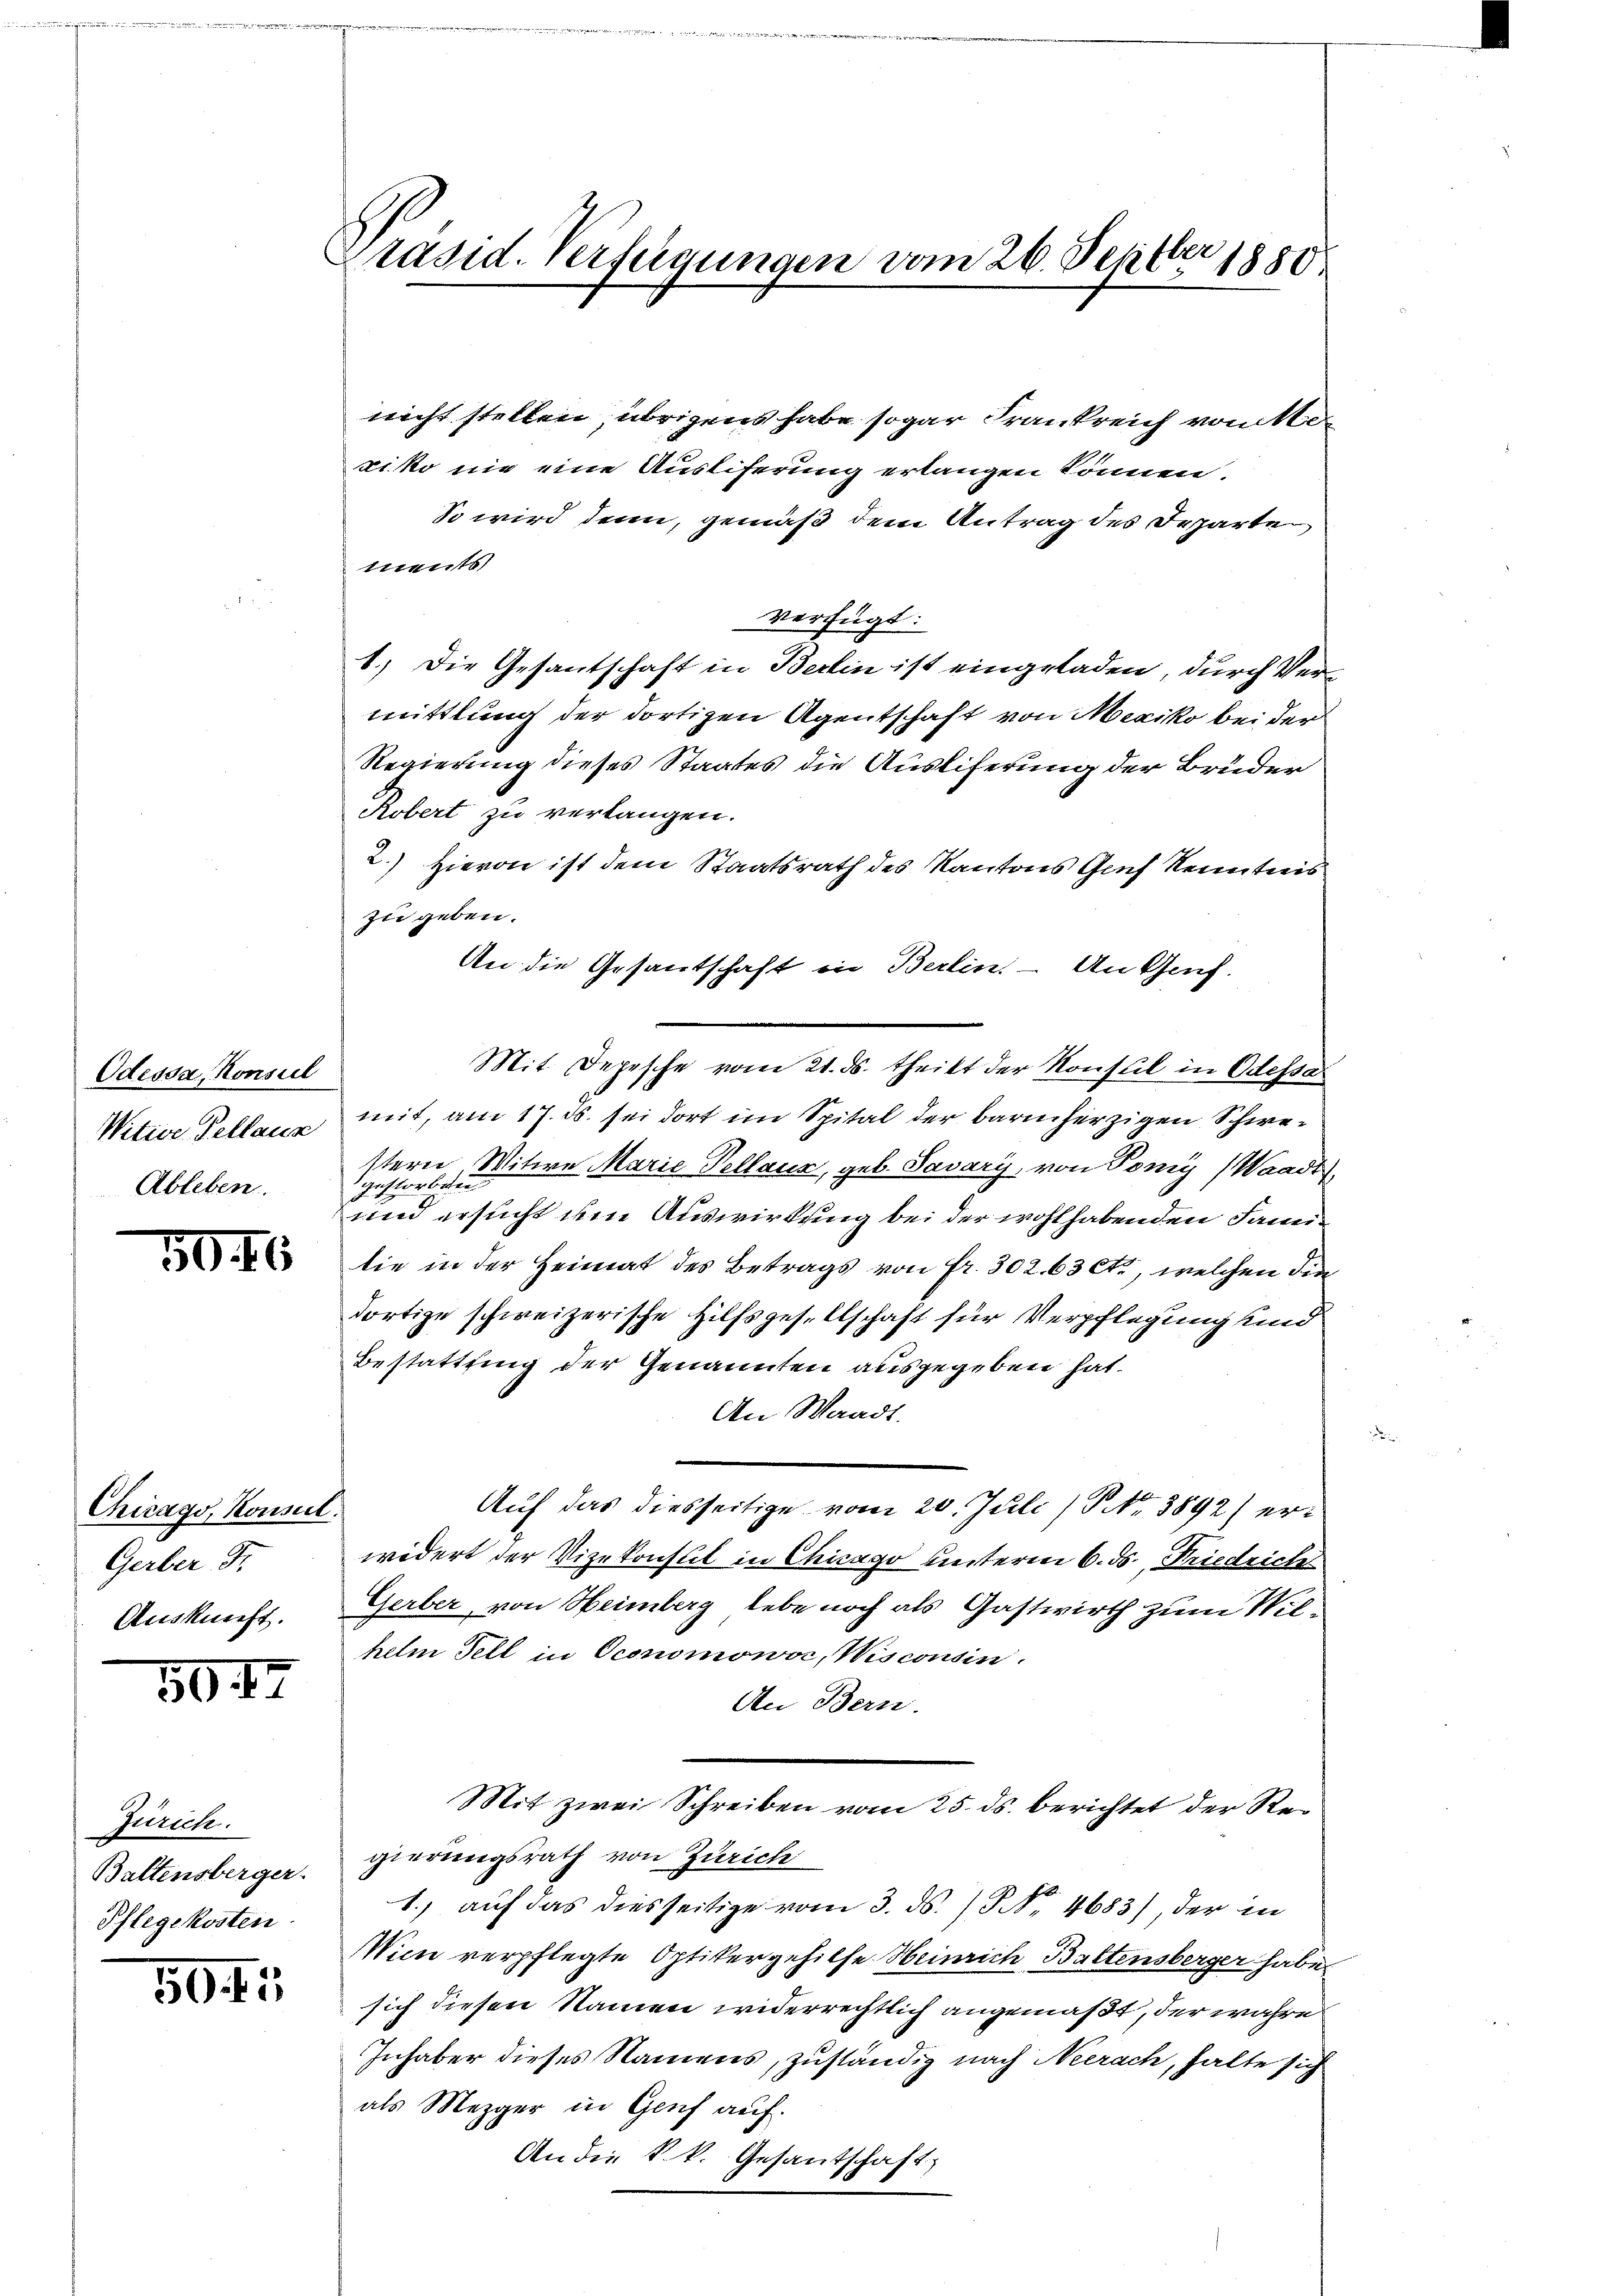
Odessa, Konsul
Witwe Pellaus
Ableben.

5046

Chicago, Konsul
Gerber Fr.
Auskunft.

5047

Zürich.
Baltensberger.
Pflegekosten.

505

Präsid. Verfügungen vom 26. Septer 1880

nicht stellen, übrigens habe sogar Frankreich vom Maxiko nie eine Auslieferung erlangen können.
So wird denn, gemäß dem Antrag des Departe,
ments
verfügt:
1.) Die Gesantschaft in Berlin ist eingeladen, durch Vermittlung der dortigen Agentschaft von Mexiko bei der
Regierung dieses Staates die Auslieferung der Bruder
Robert zu verlangen.
2.) Hievon ist dem Staatsrath des Kantons Gef Kenntnis
zu geben.
An die Gesantschaft in Berlin. An Genf.
Mit Depesche vom 21. ds. theilt der Konsul in Odessa
mit, am 17. ds. sei dort im Spital der barmherzigen Schwestern, Witwe Marie Pellaus, geb. Savary, von Pomy (Waadt
gestorben
und ersucht um Auswirkung bei der wohl habenden Janen
tie in der Heimat des Betrags von fr. 302. 63 et, welchen die
dortige schweizerische Hilfsgesellschaft für Verpflegung sind
Bestattung der Genannten ausgegeben hat.
An Waadt.
Auf das diesseitige vom 20. Juli /P. Nr. 3892) erwidert der Vizekonst in Chicago unterm 6. ds., Friedrich
Gerber, von Heimberg lebe noch als Gastwirth zum Wilhelm Fell in Oconomowor, Wisconsin
An Bern.
Mit zwei Schreiben vom 25. ds. berichtet der Regierungsrath von Zürich
1.) auf das diesseitige vom 3. ds. No 4683), der in
Wien verpflegte Optikergehilfe Heinrich, Battensberger habe
sich diesen Namen widerrechtlich angemaßt, der wahre
Inhaber dieses Namens, zuständig nach Neerach, halte sich
als Mezger in Genf auf.
An die k.k. Gesantschaft,